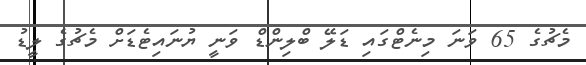
މެޗުގެ 65 ވަނަ މިނެޓްގައި ޑަލޭ ބްލިންޑް ވަނީ ޔުނައިޓެޑަށް މެޗުގެ ލީޑު